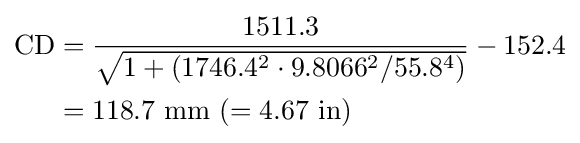
{\begin{aligned}\mathrm {CD} &={\frac {1511.3}{\sqrt {1+(1746.4^{2}\cdot 9.8066^{2}/55.8^{4})}}}-152.4\\&=118.7{\text{ mm }}(=4.67{\text{ in}})\end{aligned}}